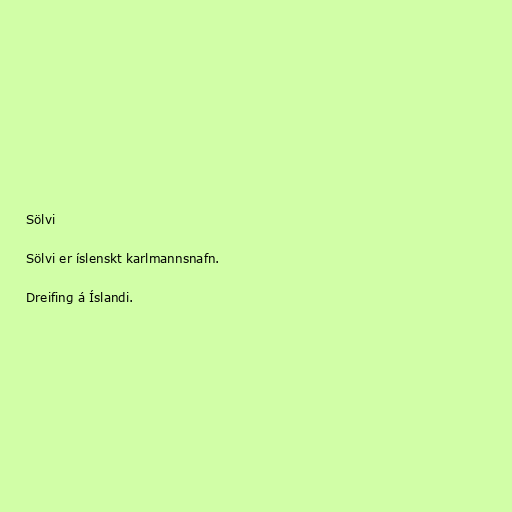
Sölvi

Sölvi er íslenskt karlmannsnafn.

Dreifing á Íslandi.